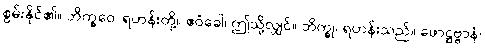
စွမ်းနိုင်၏။ ဘိက္ခဝေ၊ ရဟန်းတို့။ ဧဝံခေါ၊ ဤသို့လျှင်။ ဘိက္ခု၊ ရဟန်းသည်။ ဖောဋ္ဌဗ္ဗာနံ၊